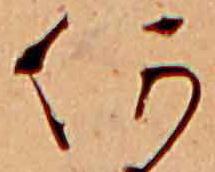
何